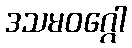
ဒသမဝဂ္ဂေါ